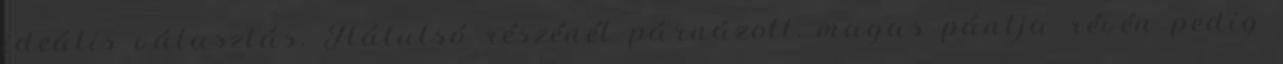
ideális választás. Hátulsó részénél párnázott, magas pántja révén pedig